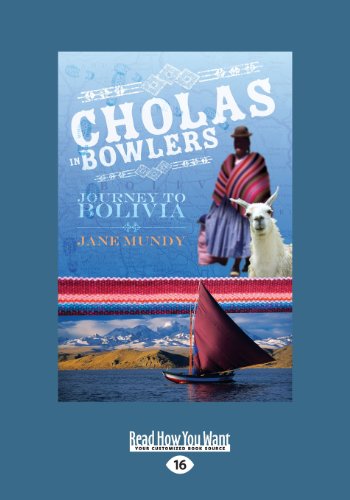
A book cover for Cholas in Bowlers: Journey to Bolivia; Jane Mundy; Travel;